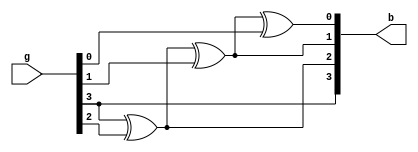
module Gray_to_Binary(
    input [3:0] g,       // Input Gray code signal
    output [3:0] b       // Output binary signal
);

    xor A1(b[0], b[1], g[0]);   // XOR gate for bit 0
    xor A2(b[1], b[2], g[1]);   // XOR gate for bit 1
    xor A3(b[2], b[3], g[2]);   // XOR gate for bit 2
    buf A4(b[3], g[3]);         // Buffer for bit 3

endmodule